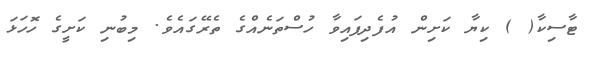
ޓާސިކާ( ) ކިޔާ ކަށިން އުފެދިފައިވާ ހުސްތަނެއްގެ ތެރޭގައެވެ. މިބުނި ކަށީގެ ހޮހަޅަ